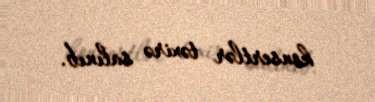
konsertlər təxirə salınıb.